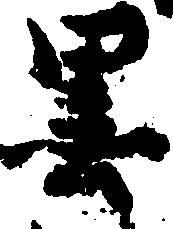
墨